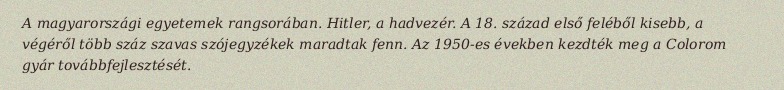
A magyarországi egyetemek rangsorában. Hitler, a hadvezér. A 18. század első feléből kisebb, a végéről több száz szavas szójegyzékek maradtak fenn. Az 1950-es években kezdték meg a Colorom gyár továbbfejlesztését.